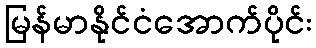
မြန်မာနိုင်ငံအောက်ပိုင်း